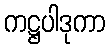
ကဋ္ဌပါဒုကာ